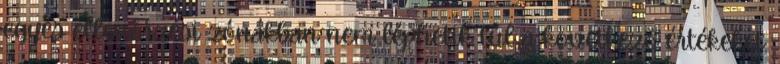
egyes ellenõrzési zónákban nem léphetik túl a következõ értékeket: